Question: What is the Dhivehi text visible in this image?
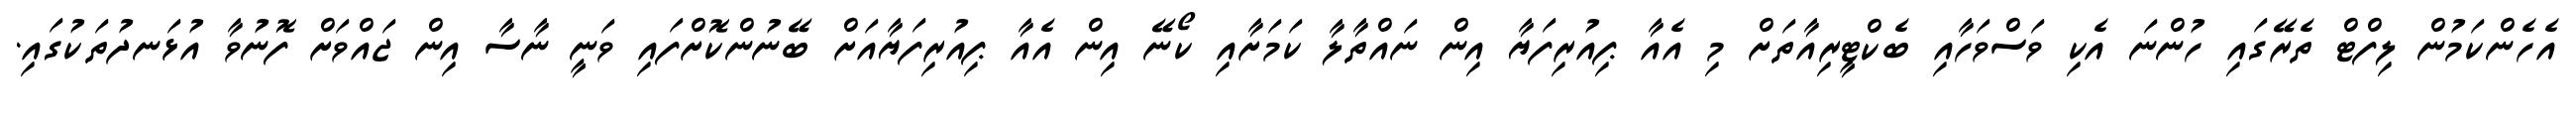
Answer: އެހެންކަމުން ލިފްޓް ތެރޭގައި ހުންނަ އެކި ވަސްވަހާއި ބެކްޓީރިއާތަށް މި އެއާ ޕިއުރިފަޔާ އިން ނައްތާލާ ކަމަށާއި ކޯނޭ އިން އެއާ ޕިއުރިފަޔާއަށް ބޭނުންކޮށްފައި ވަނީ ނާސާ އިން ޖައްވަށް ފޮނުވާ އުޅަނދުތަކުގައި.